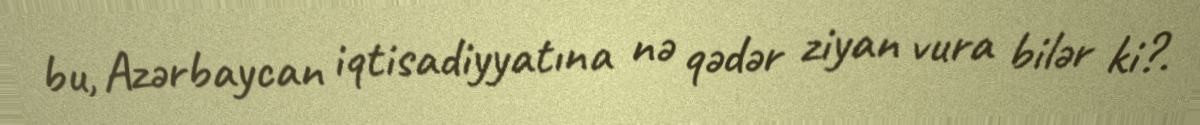
bu, Azərbaycan iqtisadiyyatına nə qədər ziyan vura bilər ki?.